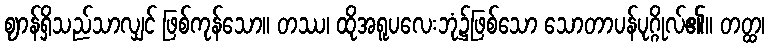
ဈာန်ရှိသည်သာလျှင် ဖြစ်ကုန်သော။ တဿ၊ ထိုအရူပလေးဘုံ၌ဖြစ်သော သောတာပန်ပုဂ္ဂိုလ်၏။ တတ္ထ၊